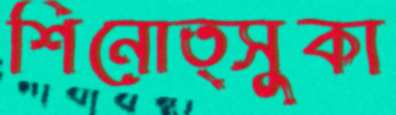
শিনোত্সুকা